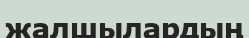
жалшылардың